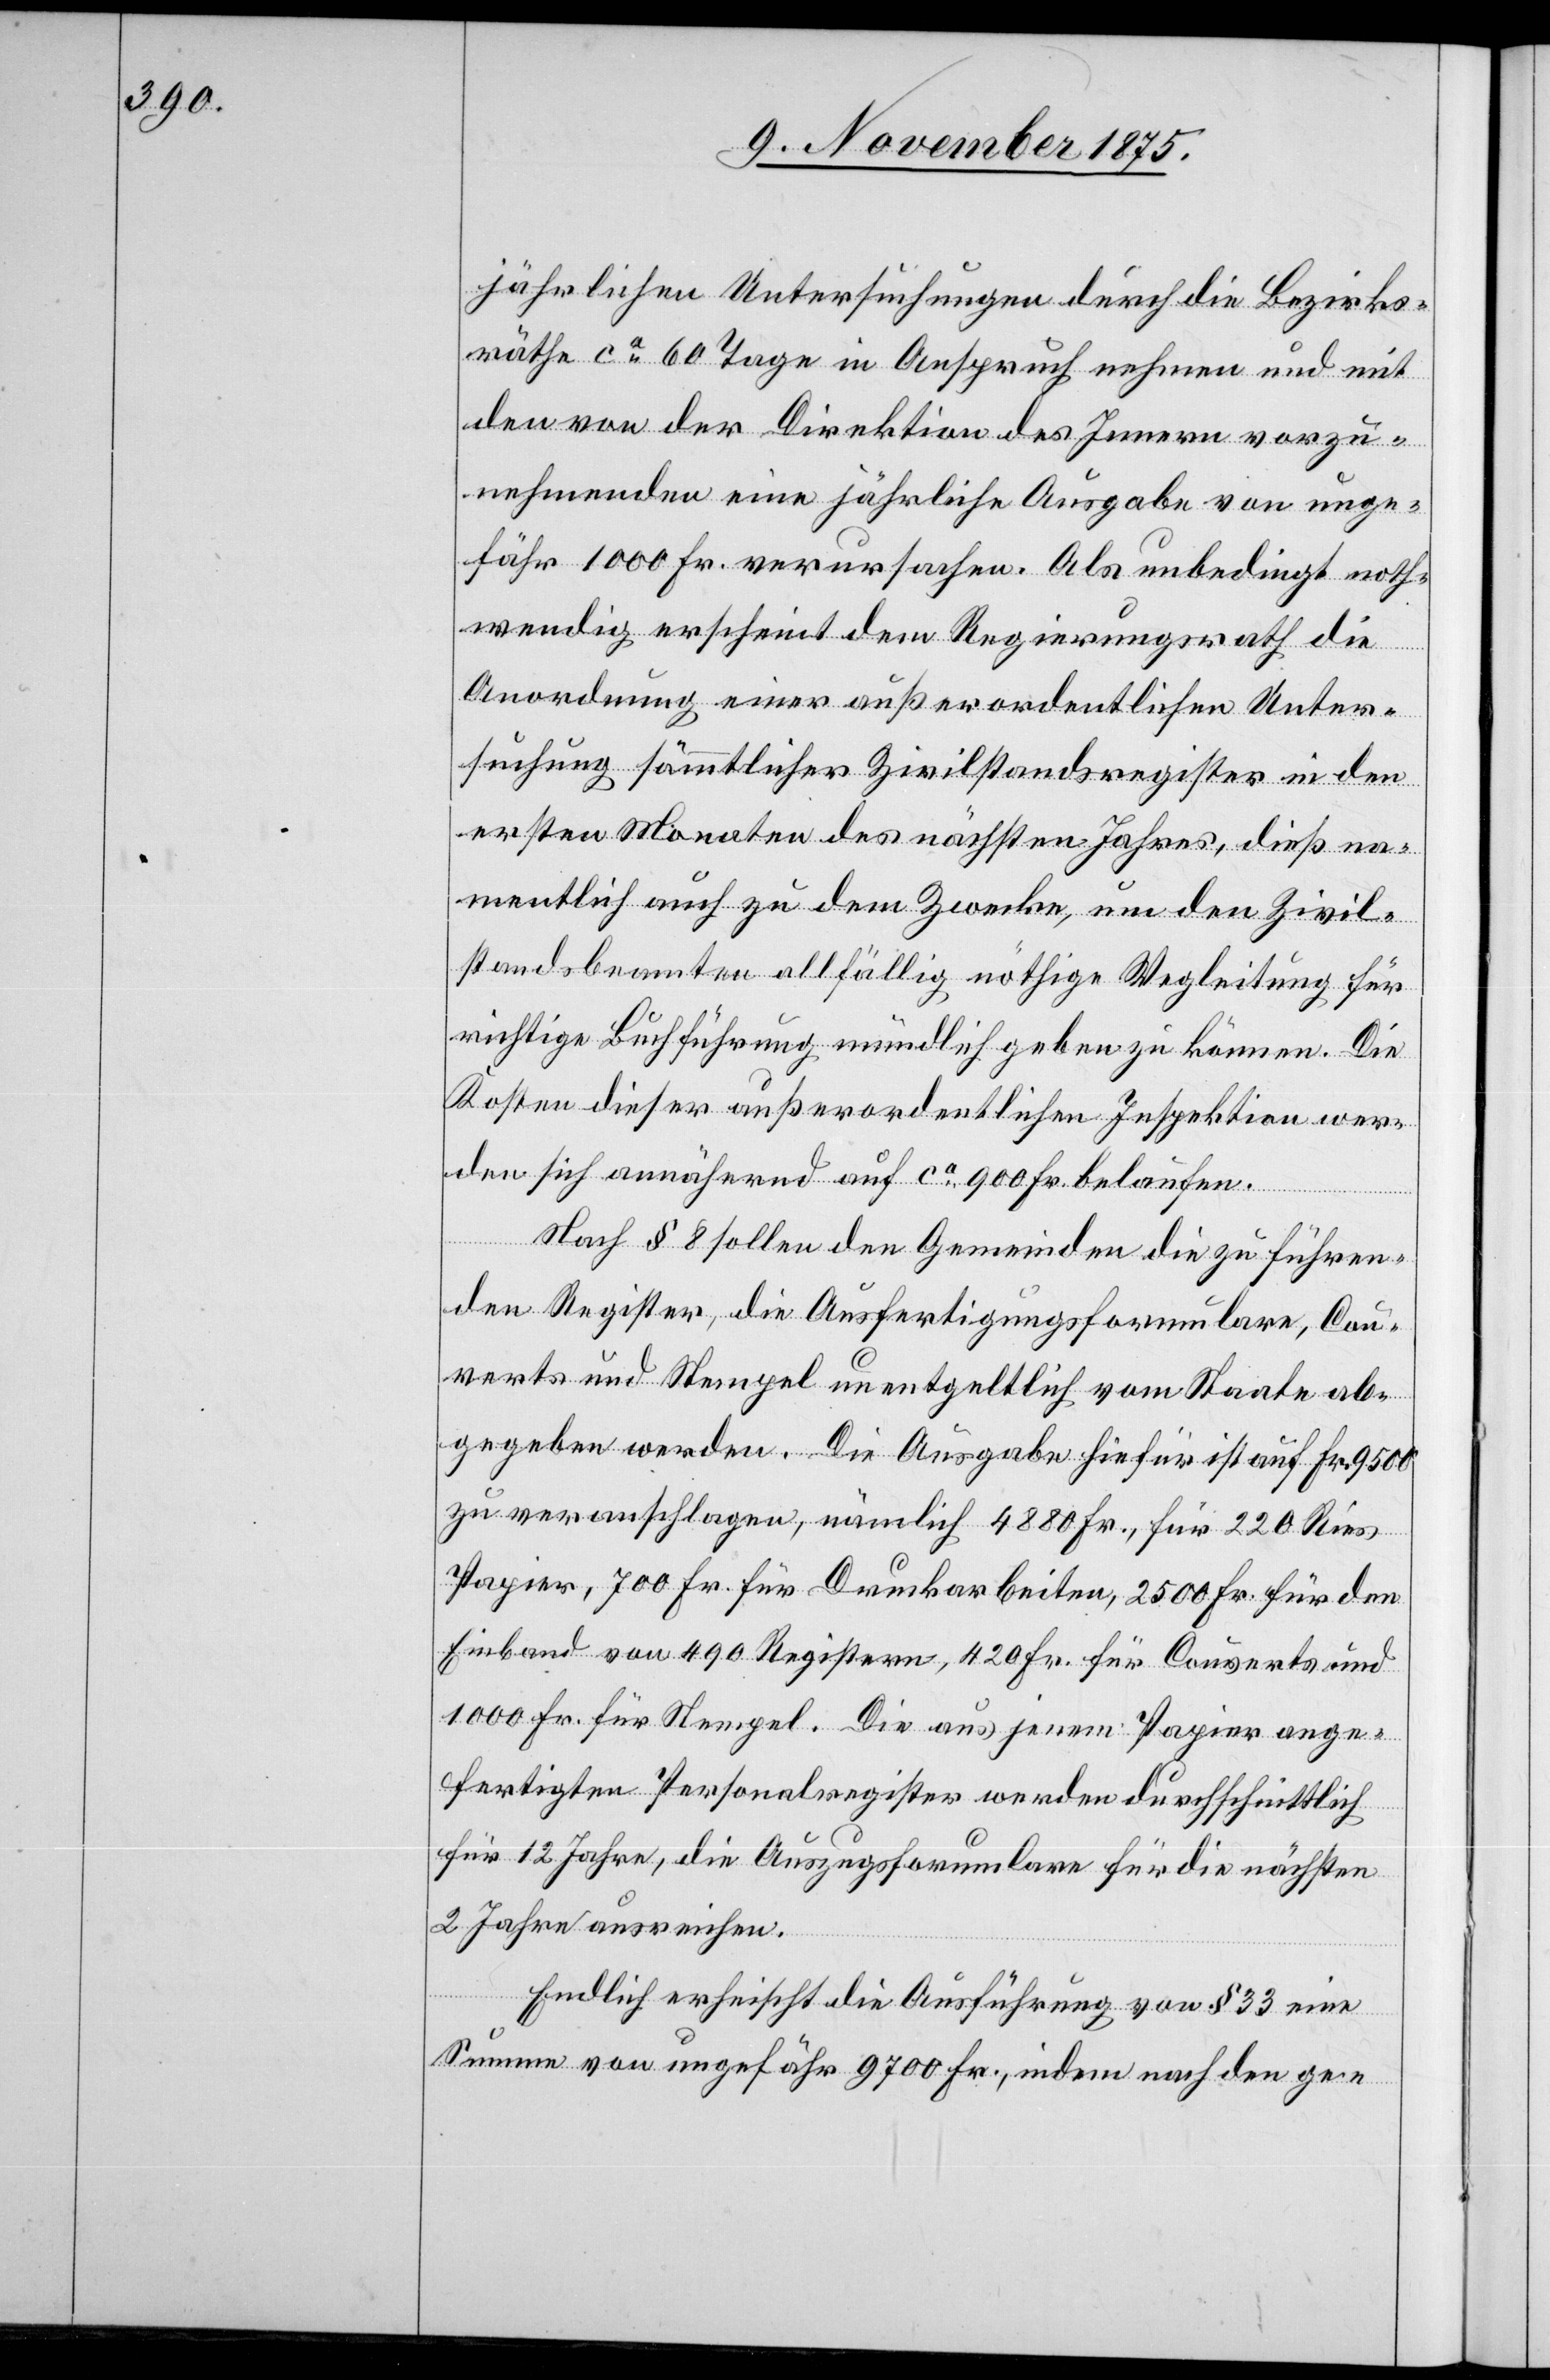
jährlichen Untersuchungen durch die Bezirks¬
räthe ca 60 Tage in Anspruch nehmen und mit
den von der Direktion des Innern vorzu¬
nehmenden eine jährliche Ausgabe von unge¬
fähr 1000 Fr. verursachen. Als unbedingt noth¬
wendig erscheint dem Regierungsrath die
Anordnung einer außerordentlichen Unter¬
suchung sämmtlicher Zivilstandsregister in den
ersten Monaten des nächsten Jahres, dieß na¬
mentlich auch zu dem Zwecke, um den Zivil¬
standsbeamten allfällig nöthige Wegleitung für
richtige Buchführung mündlich geben zu können. Die
Kosten dieser außerordentlichen Inspektion wer¬
den sich annähernd auf ca 900 Fr. belaufen.
Nach § 8 sollen den Gemeinden die zu führen¬
den Register, die Ausfertigungsformulare, Cou¬
verts und Stempel unentgeltlich vom Staate ab¬
gegeben werden. Die Ausgabe hiefür ist auf Fr. 9500
zu veranschlagen, nämlich 4880 Fr., für 220 Ries
Papier, 700 Fr. für Druckarbeiten, 2500 Fr. für den
Einband von 490 Registern, 420 Fr. für Couverts und
1000 Fr. für Stempel. Die aus jenem Papier ange¬
fertigten Personalregister werden durchschnittlich
für 12 Jahre, die Auszugsformulare für die nächsten
2 Jahre ausreichen.
Endlich erheischt die Ausführung von § 33 eine
Summe von ungefähr 9700 Fr., indem nach den ge-